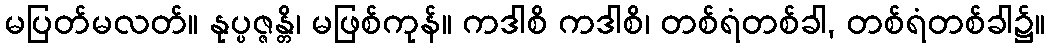
မပြတ်မလတ်။ နုပ္ပဇ္ဇန္တိ၊ မဖြစ်ကုန်။ ကဒါစိ ကဒါစိ၊ တစ်ရံတစ်ခါ, တစ်ရံတစ်ခါ၌။